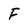
Character: F